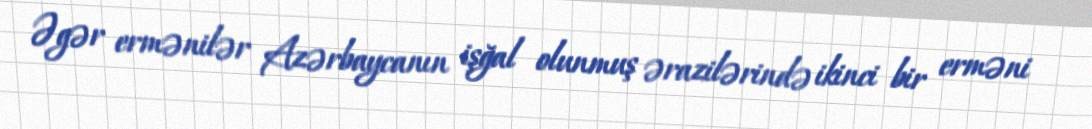
Əgər ermənilər Azərbaycanın işğal olunmuş ərazilərində ikinci bir erməni